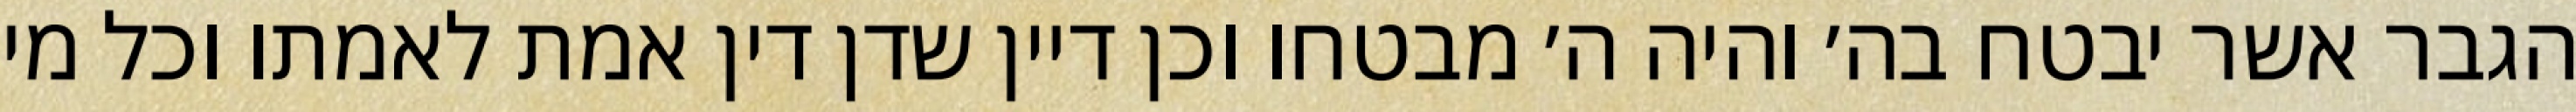
הגבר אשר יבטח בה׳ והיה ה׳ מבטחו וכן דיין שדן דין אמת לאמתו וכל מי